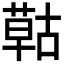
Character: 𦹵